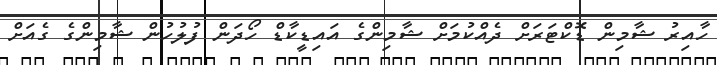
ހާއިރު ޝާމިން ޑޮކްޓަރަށް ދެއްކުމަށް ޝާމިންގެ އައިޑީކާޑް ހޯދަން ފުލުހުން ޝާމިންގެ ގެއަށް